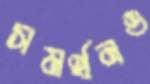
সমর্থনও